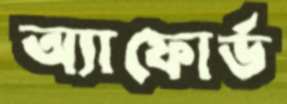
অ্যাফোর্ড